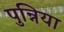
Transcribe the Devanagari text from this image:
पुन्निया